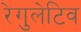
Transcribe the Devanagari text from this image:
रेगुलेटिव